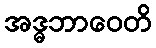
အဒ္ဓဘာဝေတိ